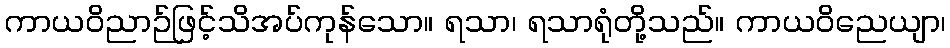
ကာယဝိညာဉ်ဖြင့်သိအပ်ကုန်သော။ ရသာ၊ ရသာရုံတို့သည်။ ကာယဝိညေယျာ၊